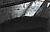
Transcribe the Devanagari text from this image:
मलमांमध्ये